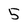
Character: 5